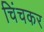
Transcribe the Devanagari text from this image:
चिंचकर